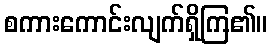
စကားကောင်းလျက်ရှိကြ၏။